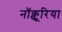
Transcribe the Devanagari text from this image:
नॉक्चूरिया